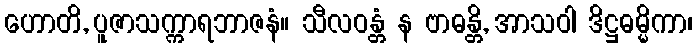
ဟောတိ, ပူဇာသက္ကာရဘာဇနံ။ သီလဝန္တံ န ဗာဓန္တိ, အာသဝါ ဒိဋ္ဌဓမ္မိကာ၊